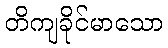
တိကျခိုင်မာသော